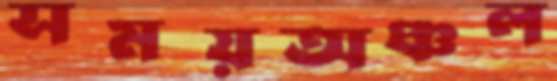
সময়অঞ্চল